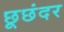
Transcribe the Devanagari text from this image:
छूछंदर